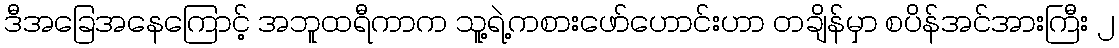
ဒီအခြေအနေကြောင့် အဘူထရီကာက သူ့ရဲ့ကစားဖော်ဟောင်းဟာ တချိန်မှာ စပိန်အင်အားကြီး ၂